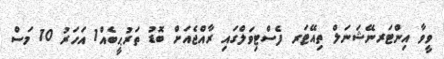
ވީވާ އިންޓަރނޭޝަނަލް ތިއޭޓަރ ފެސްޓިވަލްގައި ރާއްޖެއަށް ބޮޑު ތަރުޙީބެއް1 އަހަރު 10 މަސް